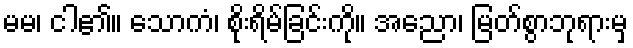
မမ၊ ငါ၏။ သောကံ၊ စိုးရိမ်ခြင်းကို။ အညော၊ မြတ်စွာဘုရားမှ